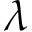
\lambda